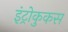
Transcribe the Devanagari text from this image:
इंट्रोकुकस